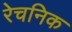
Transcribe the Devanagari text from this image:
रेचनिक